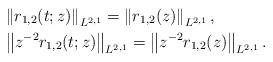
\begin{align*}&\left\|r_{1,2}(t;z)\right\|_{L^{2,1}}=\left\|r_{1,2}(z)\right\|_{L^{2,1}}, \\&\left\|z^{-2}r_{1,2}(t;z)\right\|_{L^{2,1}}=\left\|z^{-2}r_{1,2}(z)\right\|_{L^{2,1}}.\end{align*}